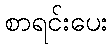
စာရင်းပေး